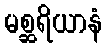
မစ္ဆရိယာနံ